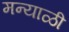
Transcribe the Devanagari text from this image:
मन्याळी